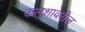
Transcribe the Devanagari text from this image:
कलशावरील